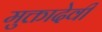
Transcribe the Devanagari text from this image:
मुक्तादेवी